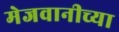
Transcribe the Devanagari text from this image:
मेजवानीच्या